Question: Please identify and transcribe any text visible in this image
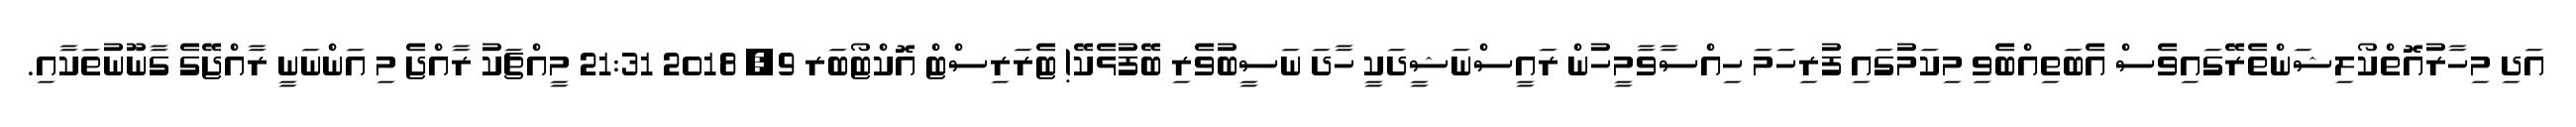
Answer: އަދި މިހާރުއޮތްކޯލިޝަންތެރޭގައިވެސް އެބަތިއްބެވި މިކަމުގައި ފުރިހަމަ ހިއްސާވާމީހުން ރައީސްނަޝީދަކީ ހާދަ ނަސީބުވެރި ބޭފުޅެކޭ! ޓެރަރިސްޓް އޮކްޓޯބަރ 9, 2018 21:31 މީއްޗަކު ރާއްޖެ މި އަންނަނީ ރާއްޖޭގެ ގާނޫނުތަކާއި.